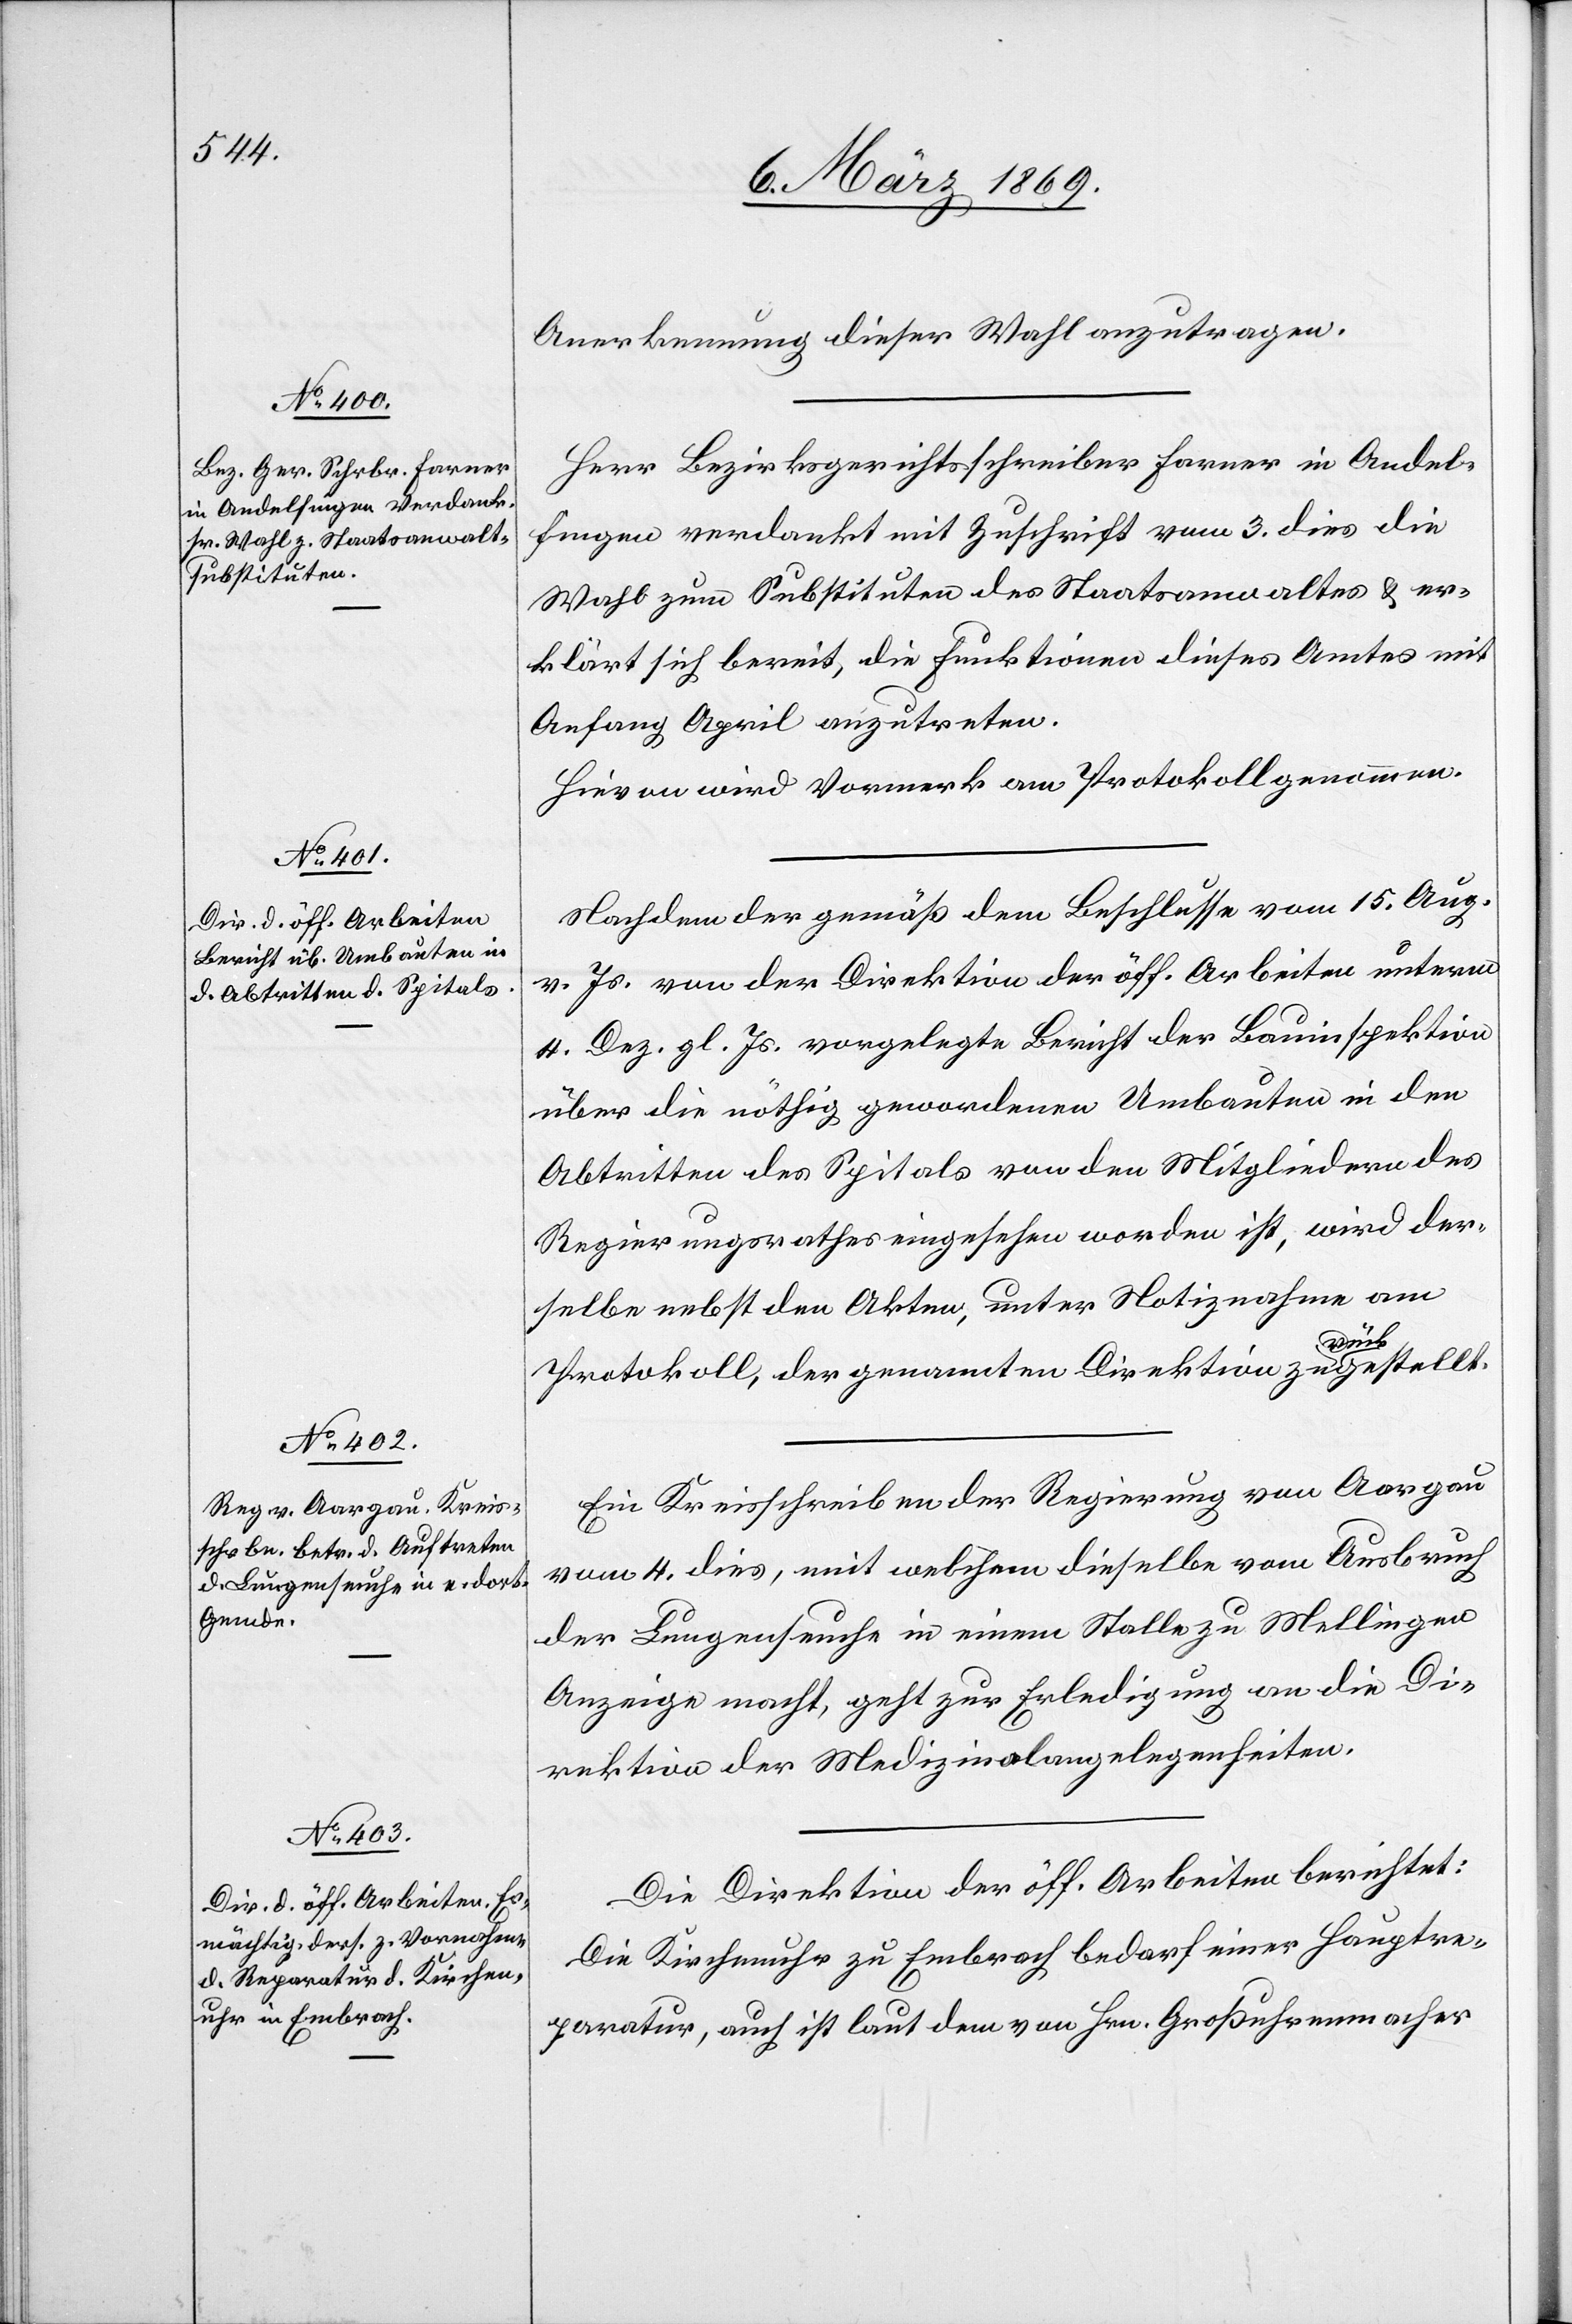
Anerkennung dieser Wahl anzutragen.
Herr Bezirksgerichtsschreiber Farner in Andel¬
fingen verdankt mit Zuschrift vom 3. dies die
Wahl zum Substituten des Staatsanwaltes & er¬
klärt sich bereit, die Funktionen dieses Amtes mit
Anfang April anzutreten.
Hievon wird Vormerk am Protokoll genommen.
Nachdem der gemäß dem Beschlusse vom 15. Aug.
v. Js. von der Direktion der öff. Arbeiten unterm
4. Dez. gl. Js. vorgelegte Bericht der Bauinspektion
über die nöthig gewordenen Umbauten in den
Abtritten des Spitals von den Mitgliedern des
Regierungsrathes eingesehen worden ist, wird der¬
selbe nebst den Akten, unter Notiznahme am
Protokoll, der genannten Direktion zurückgestellt.
Ein Kreisschreiben der Regierung von Aargau
vom 4. dies, mit welchem dieselbe vom Ausbruch
der Lungenseuche in einem Stalle zu Mellingen
Anzeige macht, geht zur Erledigung an die Di¬
rektion der Medizinalangelegenheiten.
Die Direktion der öff. Arbeiten berichtet:
Die Kirchenuhr zu Embrach bedarf einer Hauptre¬
paratur, auch ist laut dem von Hrn. Großuhrenmacher